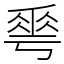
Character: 𠌶